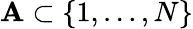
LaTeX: \mathbf{A}\subset\{ 1,\dots,N\}